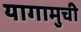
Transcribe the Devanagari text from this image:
यागामुची